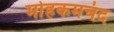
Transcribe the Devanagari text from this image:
मोहकमचंद